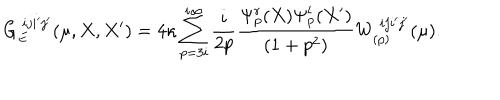
G _ { E } ^ { \ i j i ^ { \prime } j ^ { \prime } } ( \mu , X , X ^ { \prime } ) = 4 \kappa \sum _ { p = 3 i } ^ { i \infty } \frac { i } { 2 p } \frac { \Psi _ { p } ^ { r } ( X ) \Psi _ { p } ^ { l } ( X ^ { \prime } ) } { ( 1 + p ^ { 2 } ) } W _ { ( p ) } ^ { \ i j i ^ { \prime } j ^ { \prime } } ( \mu ) .